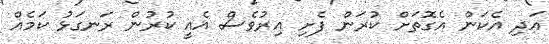
އަދި އެކަން އެގޮތަށް ކުރަން ފެށި އިރުވެސް އެއީ ކުރުން ރަނގަޅު ކަމެއް